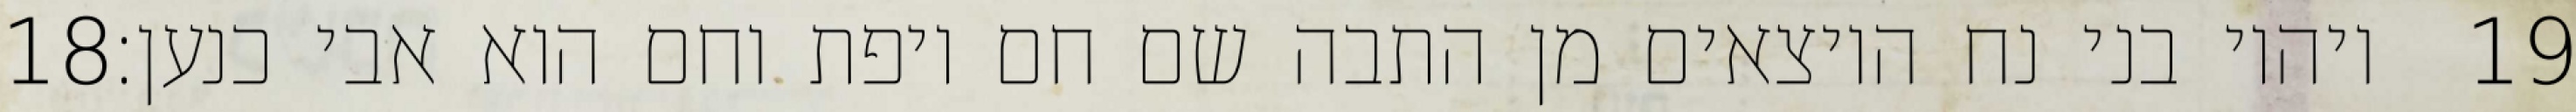
‎18‏ ויהיו בני נח היוצאים מן התבה שם חם ויפת וחם הוא אבי כנען׃ ‎19‏